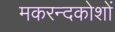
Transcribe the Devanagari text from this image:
मकरन्दकोशों